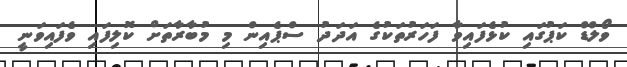
ވޯލްޑް ކަޕުގައި ކުޅެފައިވާ ފަހަރުތަކުގެ އަދަދު ސްޕެއިން މި މުބާރާތަށް ކޮލިފައި ވެފައިވަނީ